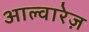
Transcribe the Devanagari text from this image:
आल्वारेज़